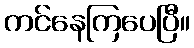
ကင်နေကြပေပြီ။